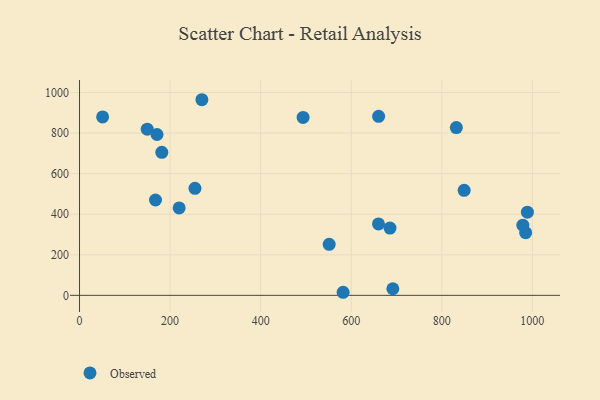
{"axis": {"x": "Investment", "y": "Profit"}, "legend": ["Observed"], "data": [{"x": "832.1", "y": 827.3, "type": "Observed"}, {"x": "51.0", "y": 879.9, "type": "Observed"}, {"x": "989.0", "y": 410.1, "type": "Observed"}, {"x": "985.1", "y": 309.1, "type": "Observed"}, {"x": "149.5", "y": 819.7, "type": "Observed"}, {"x": "660.2", "y": 352.0, "type": "Observed"}, {"x": "685.6", "y": 331.6, "type": "Observed"}, {"x": "582.1", "y": 15.1, "type": "Observed"}, {"x": "660.5", "y": 882.9, "type": "Observed"}, {"x": "220.0", "y": 431.0, "type": "Observed"}, {"x": "254.9", "y": 527.8, "type": "Observed"}, {"x": "849.4", "y": 518.1, "type": "Observed"}, {"x": "979.0", "y": 345.9, "type": "Observed"}, {"x": "493.7", "y": 877.4, "type": "Observed"}, {"x": "167.8", "y": 470.2, "type": "Observed"}, {"x": "171.1", "y": 793.3, "type": "Observed"}, {"x": "551.3", "y": 251.7, "type": "Observed"}, {"x": "270.2", "y": 964.8, "type": "Observed"}, {"x": "691.9", "y": 32.5, "type": "Observed"}, {"x": "181.7", "y": 705.4, "type": "Observed"}]}